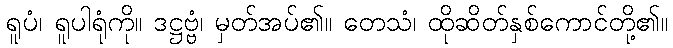
ရူပံ၊ ရူပါရုံကို။ ဒဋ္ဌဗ္ဗံ၊ မှတ်အပ်၏။ တေသံ၊ ထိုဆိတ်နှစ်ကောင်တို့၏။